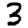
Digit: 3